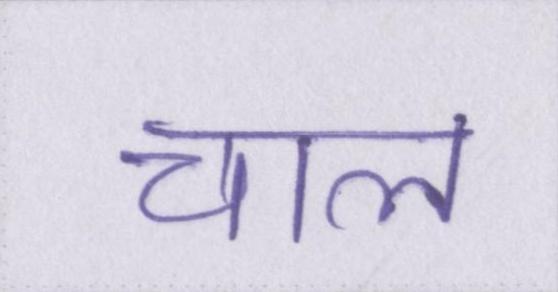
चाल